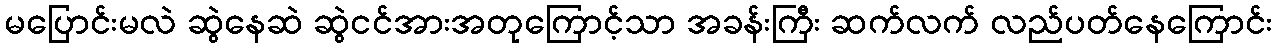
မပြောင်းမလဲ ဆွဲနေဆဲ ဆွဲငင်အားအတုကြောင့်သာ အခန်းကြီး ဆက်လက် လည်ပတ်နေကြောင်း